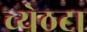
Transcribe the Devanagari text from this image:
च्येठटा